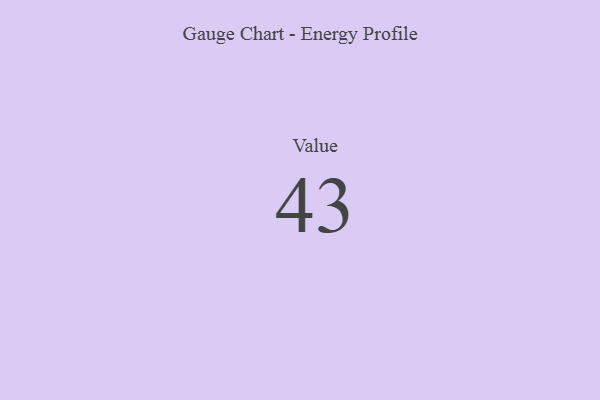
{"axis": {"x": "Metric", "y": "Value"}, "legend": [""], "data": [{"x": "Value", "y": 43, "type": ""}]}